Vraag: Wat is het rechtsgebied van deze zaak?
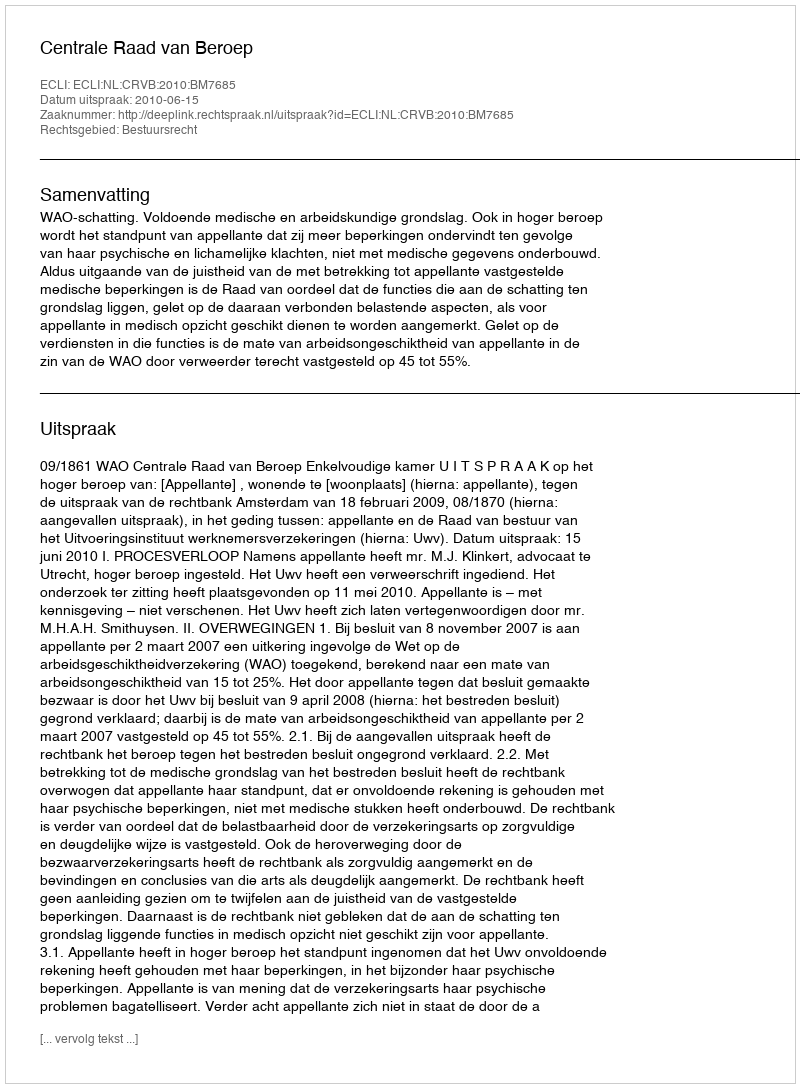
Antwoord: Bestuursrecht